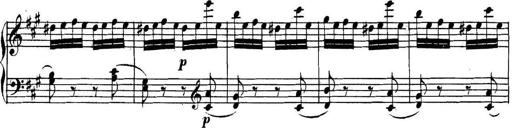
Title: Collected Piano Sonatas
Composer: Muzio Clementi